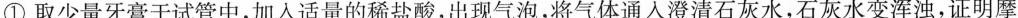
①取少量牙膏于试管中，加入适量的稀盐酸，出现气泡，将气体通入澄清石灰水，石灰水变浑浊，证明摩